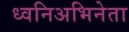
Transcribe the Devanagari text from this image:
ध्वनिअभिनेता